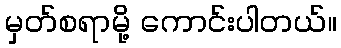
မှတ်စရာမို့ ကောင်းပါတယ်။